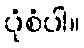
ပုံစံပါ။